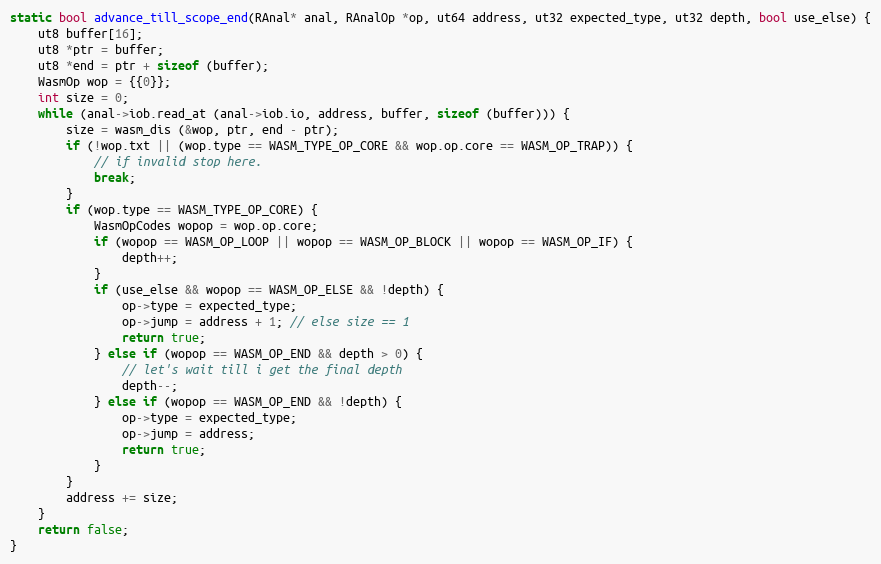
Language: C
static bool advance_till_scope_end(RAnal* anal, RAnalOp *op, ut64 address, ut32 expected_type, ut32 depth, bool use_else) {
	ut8 buffer[16];
	ut8 *ptr = buffer;
	ut8 *end = ptr + sizeof (buffer);
	WasmOp wop = {{0}};
	int size = 0;
	while (anal->iob.read_at (anal->iob.io, address, buffer, sizeof (buffer))) {
		size = wasm_dis (&wop, ptr, end - ptr);
		if (!wop.txt || (wop.type == WASM_TYPE_OP_CORE && wop.op.core == WASM_OP_TRAP)) {
			// if invalid stop here.
			break;
		}
		if (wop.type == WASM_TYPE_OP_CORE) {
			WasmOpCodes wopop = wop.op.core;
			if (wopop == WASM_OP_LOOP || wopop == WASM_OP_BLOCK || wopop == WASM_OP_IF) {
				depth++;
			}
			if (use_else && wopop == WASM_OP_ELSE && !depth) {
				op->type = expected_type;
				op->jump = address + 1; // else size == 1
				return true;
			} else if (wopop == WASM_OP_END && depth > 0) {
				// let's wait till i get the final depth
				depth--;
			} else if (wopop == WASM_OP_END && !depth) {
				op->type = expected_type;
				op->jump = address;
				return true;
			}
		}
		address += size;
	}
	return false;
}